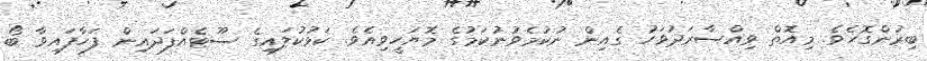
ބިރުންގޮހެވެ. މިއޮތް ވިއްސާރަދުވަހު ގެއިން ނުކުމެވުނުކަމުގެ މޮޔަހީވިއެވެ. ކަޅުކުލައިގެ ސޫޓެއްފަދައިން ފަހާފައިވާ ބޯ